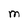
Character: M